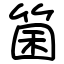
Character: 箘